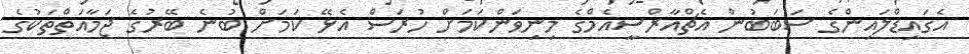
އެގައިޑްލައިންގެ ސަބަބުން އެޗްއާރްސީއެމްގެ މިނިވަންކަމަށް ހުރަސް އެޅޭ ކަމަށް ބުނެ ބޭރުގެ ޖަމާއަތްތަކުގެ